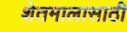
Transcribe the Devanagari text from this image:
शेतमालासाठी